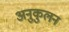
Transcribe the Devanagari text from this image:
अनुकुलन